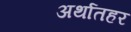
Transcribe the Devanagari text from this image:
अर्थातहर